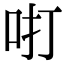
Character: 咑